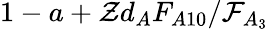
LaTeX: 1-a+\mathcal{Z}d_{A}F_{A10}/\mathcal{F}_{A_{3}}